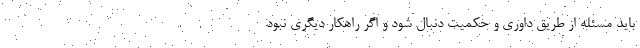
باید مسئله از طریق داوری و حکمیت دنبال شود و اگر راهکار دیگری نبود